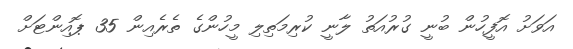
އަވަށު އޮފީހުން ބުނީ ގުރުއަތު ލާނީ ކުރިމަތިލި މީހުންގެ ތެރެއިން 35 ޕޮއިންޓަށް